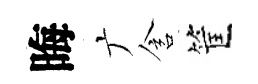
晦广含筐